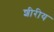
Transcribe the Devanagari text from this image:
शीरीय